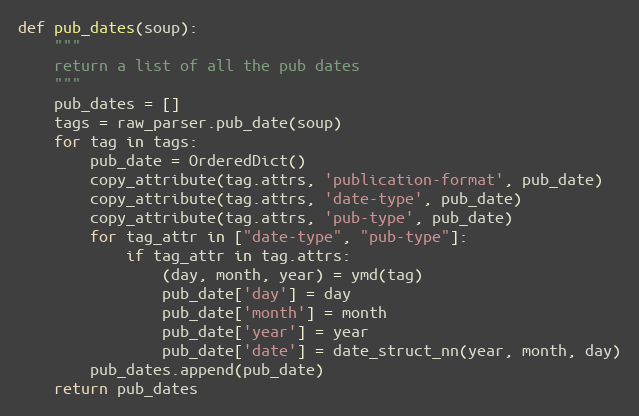
Language: Python
def pub_dates(soup):
    """
    return a list of all the pub dates
    """
    pub_dates = []
    tags = raw_parser.pub_date(soup)
    for tag in tags:
        pub_date = OrderedDict()
        copy_attribute(tag.attrs, 'publication-format', pub_date)
        copy_attribute(tag.attrs, 'date-type', pub_date)
        copy_attribute(tag.attrs, 'pub-type', pub_date)
        for tag_attr in ["date-type", "pub-type"]:
            if tag_attr in tag.attrs:
                (day, month, year) = ymd(tag)
                pub_date['day'] = day
                pub_date['month'] = month
                pub_date['year'] = year
                pub_date['date'] = date_struct_nn(year, month, day)
        pub_dates.append(pub_date)
    return pub_dates